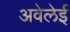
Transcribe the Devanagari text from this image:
अवेलेई